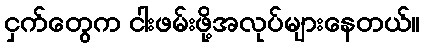
ငှက်တွေက ငါးဖမ်းဖို့အလုပ်များနေတယ်။